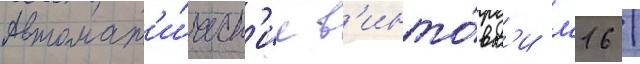
автомат'и́ческ'ие в'инто́вк'и м16 /